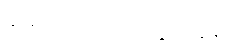
ဆရာတော်ပျံက ပွဲတွေနဲ့